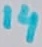
Text: 14